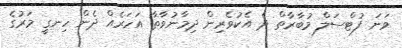
ވަނަ ފުޓްސަލް މުބާރާތް ދެ އެކުވެރިން ދިމާނުވާތާ އަހަރެއް ދެން ހިނގީ މަރުގެ